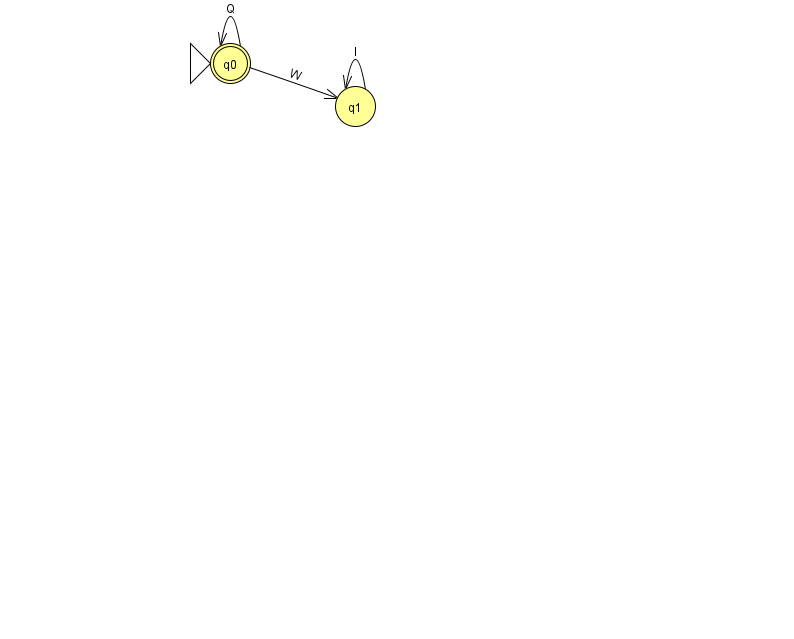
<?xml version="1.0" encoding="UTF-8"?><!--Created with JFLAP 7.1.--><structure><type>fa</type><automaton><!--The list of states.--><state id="0" name="q0"><x>230.0</x><y>50.0</y><initial/><final/></state><state id="1" name="q1"><x>355.0</x><y>93.0</y></state><!--The list of transitions.--><transition><from>0</from><to>0</to><read>Q</read></transition><transition><from>0</from><to>1</to><read>W</read></transition><transition><from>1</from><to>1</to><read>l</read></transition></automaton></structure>